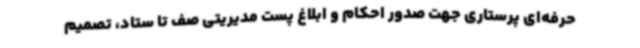
حرفه‌ای پرستاری جهت صدور احکام و ابلاغ پست مدیریتی صف تا ستاد، تصمیم